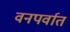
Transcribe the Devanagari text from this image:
वनपर्वात